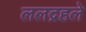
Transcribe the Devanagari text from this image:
ललद्रहले